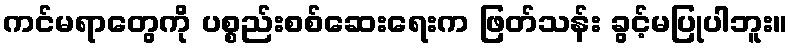
ကင်မရာတွေကို ပစ္စည်းစစ်ဆေးရေးက ဖြတ်သန်း ခွင့်မပြုပါဘူး။